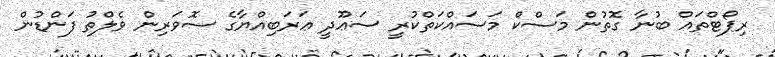
ރިޕޯޓްތައް ބުނާ ގޮތުން މަސްކް މަސައްކަތްކުރީ ސަޢޫދީ ޢަރަބިއްޔާގެ ސޮވަރިން ވެލްތު ފަންޑުން